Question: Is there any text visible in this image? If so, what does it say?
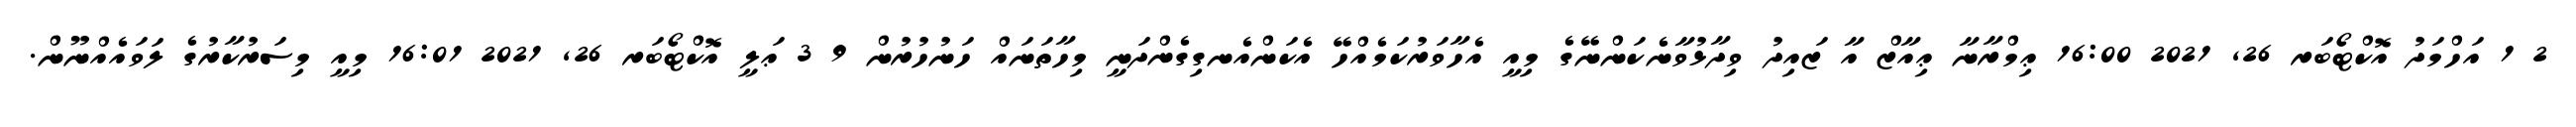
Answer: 2 1 އަހްމަދު އޮކްޓޯބަރ 26, 2021 16:00 ޢިމްރާނާ ޢިއާޒް އާ ޒައިދު ވިދާޅުވާނެކަންނޭގެ މިއީ އެހާވަރުކަމެއްހޭ އެކަންއެނގިގެންދަނީ މިހާތަނައް ހަނުހުރުން 9 3 ޢަލީ އޮކްޓޯބަރ 26, 2021 16:01 މިއީ މިސަރުކާރުގެ ލަވައެއްނޫން.